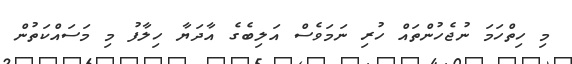
މި ހިތްހަމަ ނުޖެހުންތައް ހުރި ނަމަވެސް އަލިބެގެ އާދަޔާ ހިލާފު މި މަސައްކަތުން